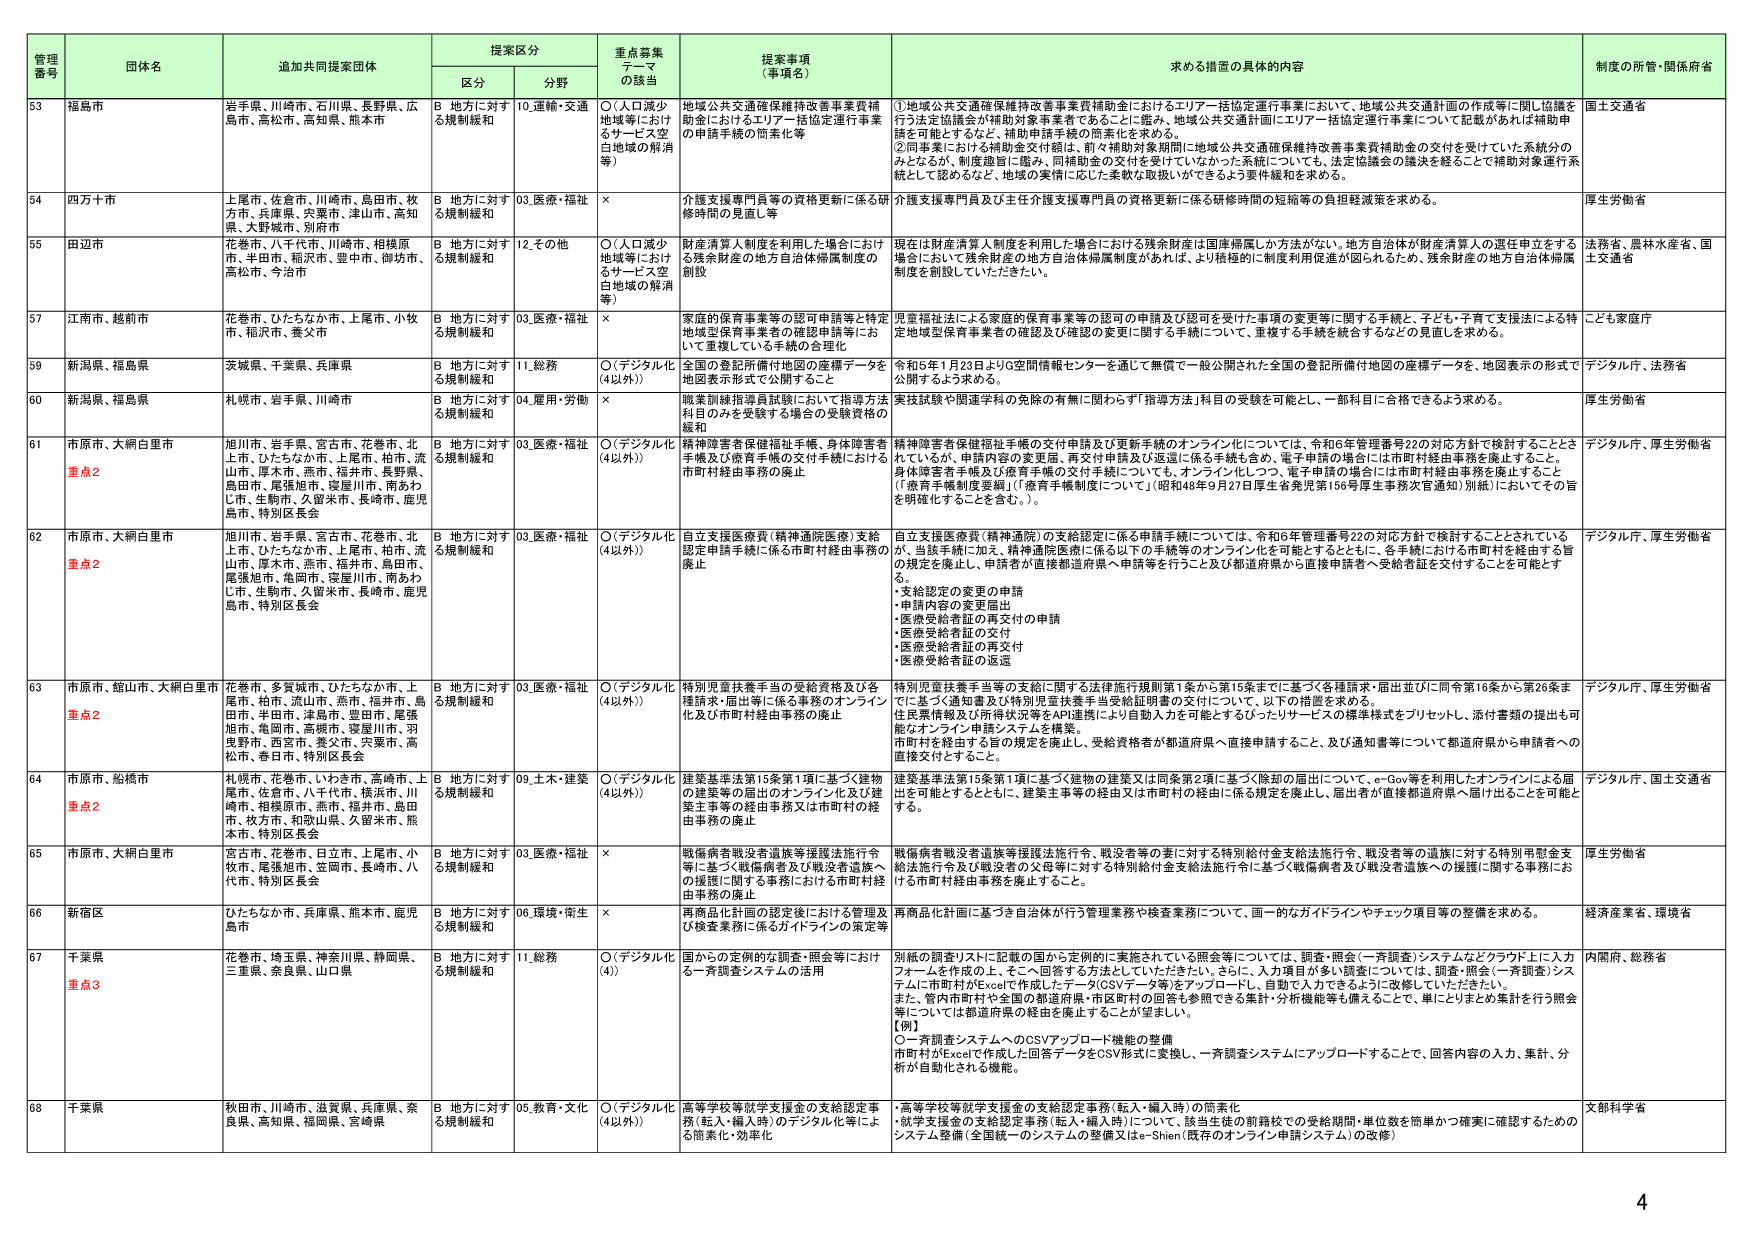
管理番号 団体名 追加共同提案団体 提案区分 重点募集テーマの該当 提案事項（事項名） 求める措置の具体的内容 制度の所管・関係省庁
区分 分野
53 福島市 岩手県、川崎市、石川県、長野県、広島市、高松市、高知県、熊本市 B 地方に対する規制緩和 10.運輸・交通 ○（人口減少地域等におけるサービス空白地域の解消等） 地域公共交通確保維持改善事業費補助金におけるエリア一括協定運行事業等の申請手続の簡素化等 ①地域公共交通確保維持改善事業費補助金におけるエリア一括協定運行事業において、地域公共交通計画の作成等に関し協議を行う法定協議会が補助対象事業者であることに鑑み、地域公共交通計画にエリア一括協定運行事業について記載があれば補助申請を可能とするなど、補助申請手続の簡素化を求める。 ②同事業における補助金交付額は、前々補助対象期間に地域公共交通確保維持改善事業費補助金の交付を受けていた系統分のみとなるが、制度趣旨に鑑み、同補助金の交付を受けていなかった系統についても、法定協議会の議決を経ることで補助対象運行系統として認められるなど、地域の実情に応じた柔軟な取扱いができるよう要件緩和を求める。 国土交通省
54 四万十市 上尾市、佐倉市、川崎市、島田市、枚方市、兵庫県、宍粟市、津山市、高知県、大野城市、別府市 B 地方に対する規制緩和 03.医療・福祉 × 介護支援専門員等の資格更新に係る研修時間の見直し等 介護支援専門員及び主任介護支援専門員の資格更新に係る研修時間の短縮等の負担軽減策を求める。 厚生労働省
55 田辺市 花巻市、八千代市、川崎市、相模原市、半田市、稲沢市、豊中市、御坊市、高松市、今治市 B 地方に対する規制緩和 12.その他 ○（人口減少地域等におけるサービス空白地域の解消等） 財産清算人制度を利用した場合における残余財産の地方自治体帰属制度の創設 現在は財産清算人制度を利用した場合における残余財産は国庫帰属しか方法がない。地方自治体が財産清算人の選任を立てる場合において残余財産の地方自治体帰属制度があれば、より積極的に制度利用促進が図られるため、残余財産の地方自治体帰属制度を創設していただきたい。 法務省、農林水産省、国土交通省
57 江南市、越前市 花巻市、ひたちなか市、上尾市、小牧市、相沢市、養父市 B 地方に対する規制緩和 03.医療・福祉 × 家庭的保育事業等の認可申請等と特定地域型保育事業者の確認申請等において重複している手続の合理化 児童福祉法による家庭的保育事業等の認可の申請及び認可を受けた事項の変更等に関する手続と、子ども・子育て支援法による特定地域型保育事業者の確認及び確認の変更に関する手続について、重複する手続を統合するなどの見直しを求める。 子ども家庭庁
59 新潟県、福島県 茨城県、千葉県、兵庫県 B 地方に対する規制緩和 11.総務 ○（デジタル化（4以外）） 全国の登記所備付地図の座標データを地図表示形式で公開すること 令和6年1月23日よりG空間情報センターを通じて無償で一般公開された全国の登記所備付地図の座標データを、地図表示の形式で公開するよう求める。 デジタル庁、法務省
60 新潟県、福島県 札幌市、岩手県、川崎市 B 地方に対する規制緩和 04.雇用・労働 × 職業訓練指導員試験において指導方法科目のみを受験する場合の受験資格の緩和 実技試験や関連学科の免除の有無に関わらず「指導方法」科目の受験を可能とし、一科目目に合格できるよう求める。 厚生労働省
61 市原市、大網白里市 旭川市、岩手県、宮古市、花巻市、北上市、ひたちなか市、上尾市、柏市、流山市、厚木市、燕市、福井市、長野県、島田市、尾張旭市、寝屋川市、南あわじ市、生駒市、久留米市、長崎市、鹿児島市、特別区長会 B 地方に対する規制緩和 03.医療・福祉 ○（デジタル化（4以外）） 精神障害者保健福祉手帳、身体障害者手帳及び療育手帳の交付手続における市町村経由事務の廃止 精神障害者保健福祉手帳の交付申請及び更新手続のオンライン化については、令和6年管理番号22の対応方針で検討することとされているが、申請内容の変更届、再交付申請及び返還に係る手続も含め、電子申請の場合には市町村経由事務を廃止すること。身体障害者手帳及び療育手帳の交付手続についても、オンライン化しつつ、電子申請の場合には市町村経由事務を廃止すること（「療育手帳制度要綱」（「療育手帳制度について」（昭和48年9月27日厚生省発児第156号厚生事務次官通知）別紙）においてその旨を明確化することを含む。）。 デジタル庁、厚生労働省
62 市原市、大網白里市 旭川市、岩手県、宮古市、花巻市、北上市、ひたちなか市、上尾市、柏市、流山市、厚木市、燕市、福井市、島田市、尾張旭市、亀岡市、寝屋川市、南あわじ市、生駒市、久留米市、長崎市、鹿児島市、特別区長会 B 地方に対する規制緩和 03.医療・福祉 ○（デジタル化（4以外）） 自立支援医療費（精神通院医療）支給認定申請手続に係る市町村経由事務の廃止 自立支援医療費（精神通院）の支給認定に係る申請手続については、令和6年管理番号22の対応方針で検討することとされているが、当該手続に加え、精神通院医療に係る以下の手続等のオンライン化を可能とするとともに、各手続における市町村を経由する旨の規定を廃止し、申請者が直接都道府県へ申請等を行うこと及び都道府県から直接申請者へ受給者証を交付することを可能とする。 ・支給認定の変更の申請 ・申請内容の変更届出 ・医療受給者証の再交付の申請 ・医療受給者証の交付 ・医療受給者証の再交付 ・医療受給者証の返還 デジタル庁、厚生労働省
63 市原市、館山市、大網白里市 花巻市、多賀城市、ひたちなか市、上尾市、柏市、流山市、燕市、福井市、島田市、半田市、津島市、豊田市、尾張旭市、亀岡市、高崎市、寝屋川市、羽曳野市、西宮市、養父市、矢葉市、高松市、春日市、特別区長会 B 地方に対する規制緩和 03.医療・福祉 ○（デジタル化（4以外）） 特別児童扶養手当の受給資格及び各種請求・届出等に係る事務のオンライン化及び市町村経由事務の廃止 特別児童扶養手当等の支給に関する法律施行規則第1条から第15条までに基づく各種請求・届出並びに同令第16条から第26条までに基づく通知書及び特別児童扶養手当受給証明書の交付について、以下の措置を求める。 住民票情報及び所得状況等をAPI連携により自動入力を可能とするぴったりサービスの標準様式をプリセットし、添付書類の提出も可能なオンライン申請システムを構築。 市町村を経由する旨の規定を廃止し、受給資格者が都道府県へ直接申請すること、及び通知書等について都道府県から申請者への直接交付を行うこと。 デジタル庁、厚生労働省
64 市原市、船橋市 札幌市、花巻市、いわき市、高崎市、上尾市、佐倉市、八千代市、横浜市、川崎市、相模原市、燕市、福井市、島田市、枚方市、和歌山県、久留米市、熊本市、特別区長会 B 地方に対する規制緩和 09.土木・建築 ○（デジタル化（4以外）） 建築基準法第15条第1項に基づく建物の建築等の届出のオンライン化及び建築主事等の経由事務又は市町村の経由事務の廃止 建築基準法第15条第1項に基づく建物の建築又は同条第2項に基づく除却の届出について、e-Gov等を利用したオンラインによる届出を可能とするとともに、建築主事等の経由又は市町村の経由に係る規定を廃止し、届出者が直接都道府県へ届け出ることを可能とする。 デジタル庁、国土交通省
65 市原市、大網白里市 宮古市、花巻市、日立市、上尾市、小牧市、尾張旭市、笠岡市、長崎市、八代市、特別区長会 B 地方に対する規制緩和 03.医療・福祉 × 戦傷病者戦没者遺族等援護法施行令等に基づく戦傷病者及び戦没者遺族への援護に関する事務における市町村経由事務の廃止 戦傷病者戦没者遺族等援護法施行令、戦没者等の妻に対する特別給付金支給法施行令、戦没者等の遺族に対する特別慰問金支給法施行令及び戦没者の父母等に対する特別給付金支給法施行令に基づく戦傷病者及び戦没者遺族への援護に関する事務における市町村経由事務を廃止すること。 厚生労働省
66 新宿区 ひたちなか市、兵庫県、熊本市、鹿児島市 B 地方に対する規制緩和 06.環境・衛生 × 再商品化計画の認定後における管理及び検査業務に係るガイドラインの策定等 再商品化計画に基づき自治体が行う管理業務や検査業務について、画一的なガイドラインやチェック項目等の整備を求める。 経済産業省、環境省
67 千葉県 花巻市、埼玉県、神奈川県、静岡県、三重県、奈良県、山口県 B 地方に対する規制緩和 11.総務 ○（デジタル化（4）） 国からの定例的な調査・照会等における一斉調査システムの活用 別紙の調査リストに記載の国から定例的に実施されている照会等については、調査・照会（一斉調査）システムなどクラウド上に入力フォームを作成の上、そご一回答する方法としていただきたい。さらに、入力項目が多い調査については、調査・照会（一斉調査）システムに市町村がExcelで作成したデータがCSVデータ等でアップロードし、自動で入力できるように改修していただきたい。また、管内市町村や全国の都道府県・市区町村の回答も参照できる集計・分析機能等も備えることで、単にとりまとめ集計を行う照会等については都道府県の経由を廃止することが望ましい。 【例】 ○一斉調査システムへのCSVアップロード機能の整備 市町村がExcelで作成した回答データをCSV形式に変換し、一斉調査システムにアップロードすることで、回答内容の入力、集計、分析が自動化される機能。 内閣府、総務省
68 千葉県 秋田市、川崎市、滋賀県、兵庫県、奈良県、高知県、福岡県、宮崎県 B 地方に対する規制緩和 05.教育・文化 ○（デジタル化（4以外）） 高等学校等就学支援金の支給認定事務（転入・編入時）のデジタル化等による簡素化・効率化 ・高等学校等就学支援金の支給認定事務（転入・編入時）の簡素化 ・就学支援金の支給認定事務（転入・編入時）について、該当生徒の前籍校での受給期間・単位数を簡単かつ確実に確認するためのシステム整備（全国統一のシステムの整備又はe-Shien（既存のオンライン申請システム）の改修） 文部科学省
重点2 重点2 重点2 重点3 4